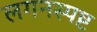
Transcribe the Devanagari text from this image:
लगनस्पष्ट